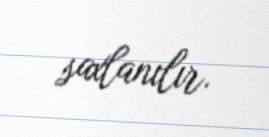
saxlanılır.